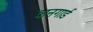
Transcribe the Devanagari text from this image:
वानगार्ड